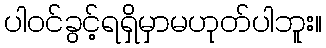
ပါဝင်ခွင့်ရရှိမှာမဟုတ်ပါဘူး။